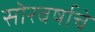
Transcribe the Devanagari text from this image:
सॊरवर्षाचे